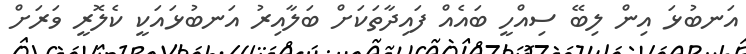
އަނބުޅަ އިން ލިބޭ ސިއްހީ ބައެއް ފައިދާތަކަށް ބަލާއިރު އަނބުޅައަކީ ކެލޮރީ ވަރަށް